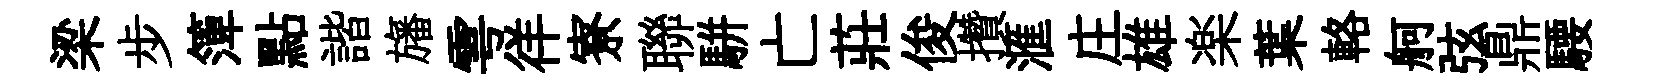
梁步𥱼點諧旛雩徉寮聯駢亡莊俊攢滙庄雄楽葉輅舸弦鼎騕